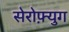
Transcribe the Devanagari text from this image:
सेरोफ़्युग